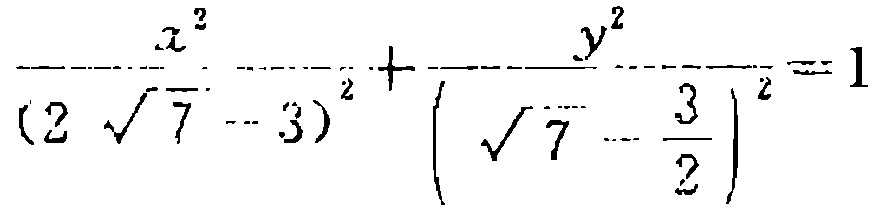
\(\frac{x^{2}}{(2\sqrt{7}-3)^{2}}+\frac{y^{2}}{(\sqrt{7}-\frac{3}{2})^{2}} = 1\)